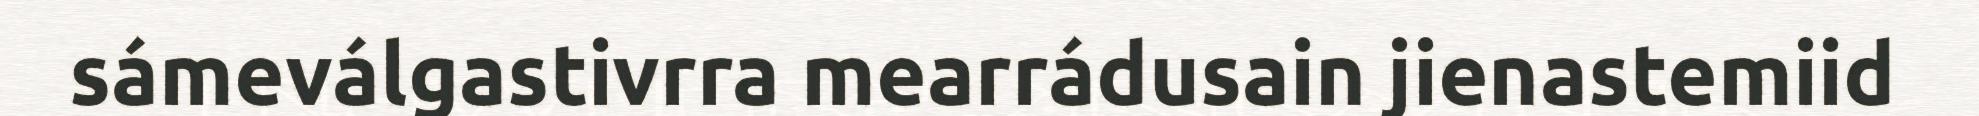
sámeválgastivrra mearrádusain jienastemiid